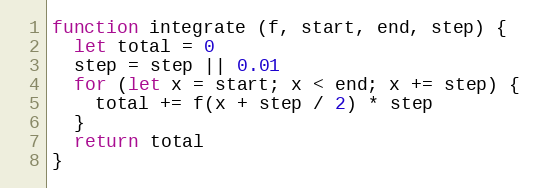
Language: JavaScript
function integrate (f, start, end, step) {
  let total = 0
  step = step || 0.01
  for (let x = start; x < end; x += step) {
    total += f(x + step / 2) * step
  }
  return total
}